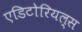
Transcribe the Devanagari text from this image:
एडिटोरियल्स